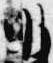
明